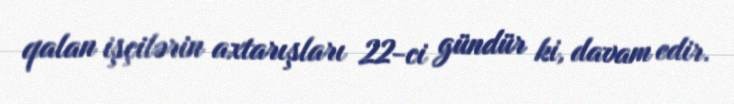
qalan işçilərin axtarışları 22-ci gündür ki, davam edir.